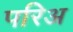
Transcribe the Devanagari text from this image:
परिअ